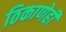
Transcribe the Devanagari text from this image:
ठिकाणेही